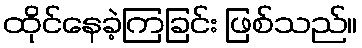
ထိုင်နေခဲ့ကြခြင်း ဖြစ်သည်။